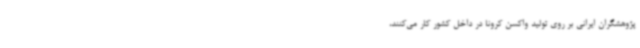
پژوهشگران ایرانی بر روی تولید واکسن کرونا در داخل کشور کار می‌کنند،